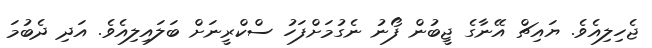
ޖެހިލިއެވެ. ޔައިޗް އޭނާގެ ޖީބުން ފޯނު ނެގުމަށްފަހު ސްކްރީނަށް ބަލައިލިއެވެ. އަދި ދެބުމަ